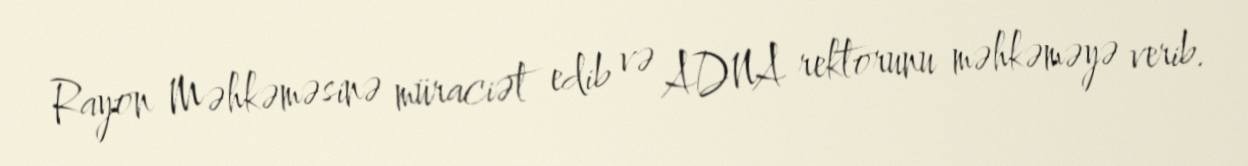
Rayon Məhkəməsinə müraciət edib və ADNA rektorunu məhkəməyə verib.